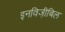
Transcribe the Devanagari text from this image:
इनविजी़बिल